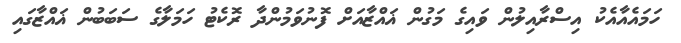
ހަމައެއާއެކު އިސްރާއިލުން ވައިގެ މަގުން ޣައްޒާއަށް ފޮނުވަމުންދާ ރޮކެޓު ހަމަލާގެ ސަބަބުން ޣައްޒާގައި